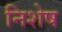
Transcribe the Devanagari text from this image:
निशेष